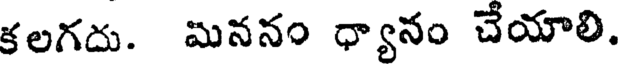
కలగదు. మననం ధ్యానం చేయాలి.